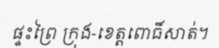
ផ្ទះព្រៃ ក្រុង-ខេត្តពោធិ៍សាត់។